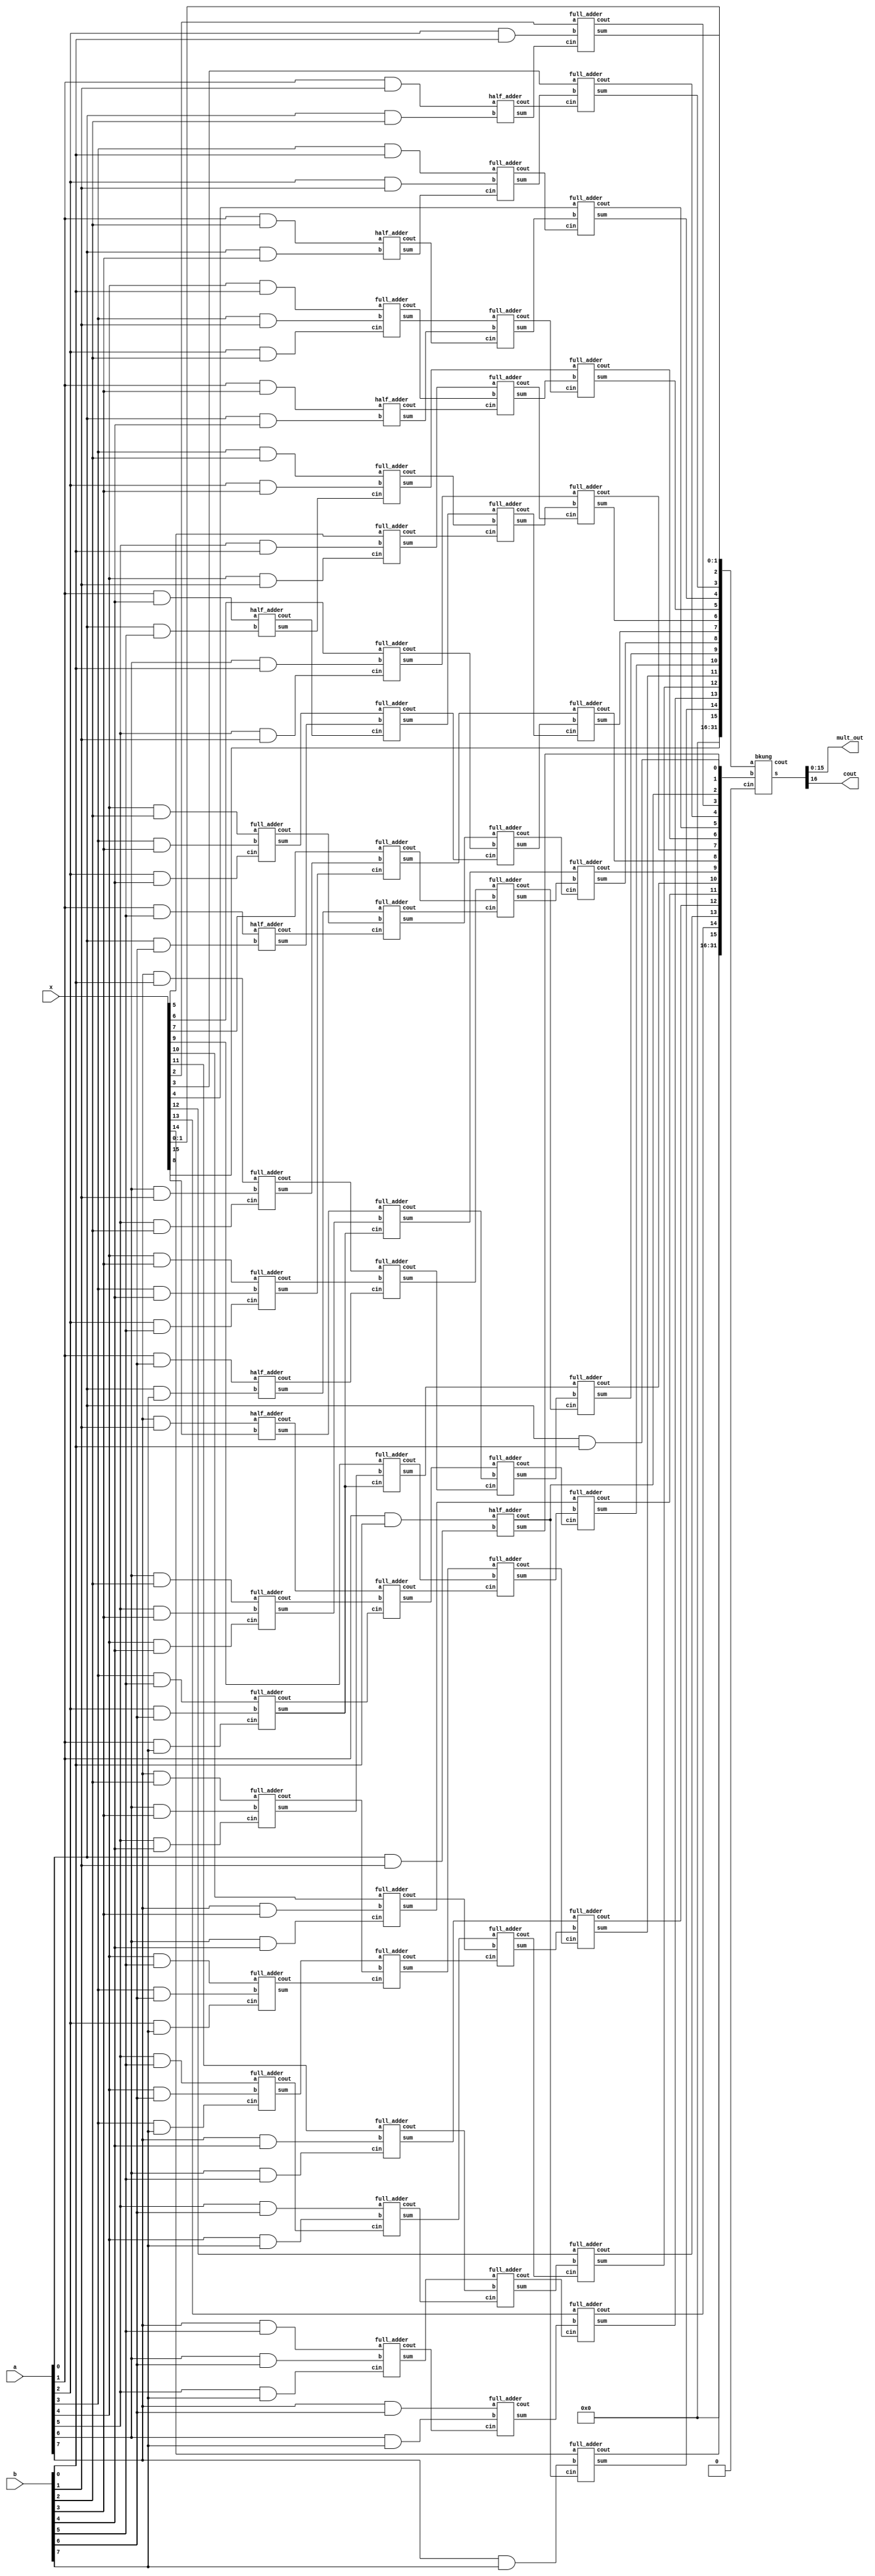
module dadda_mult (a,b,x,mult_out,cout);
	input [7:0] a,b;
	input [15:0] x;  ///accumulator
	output [15:0] mult_out; //// mult_out = a*b + c
	output cout; ////// if a*b + c comes of 17 bit
	
	reg pp [7:0][7:0];
	integer i,j;
	
	wire [15:0] badd1,badd2;
	
	wire [45:0] fa, cfa;
	wire [9:0] ha, cha;
	
	wire [31:0] bkung_ip1,bkung_ip2;
	wire [31:0] sum_bkung;
	
	wire cout_bkung;
	
	always @(*) begin
		for (j=0;j<8;j=j+1)
			for (i=0;i<8;i=i+1)
				pp[j][i] <= a[i] & b[j];
	end
	
	////////////////////////////////layer-0 (towards capacity 6)///////////////////////////////////
	half_adder hadd0 (pp[4][1],pp[5][0],ha[0],cha[0]);
	half_adder hadd1 (pp[5][1],pp[6][0],ha[1],cha[1]);
	half_adder hadd2 (pp[6][1],pp[7][0],ha[2],cha[2]);
	half_adder hadd3 (pp[1][7],x[8],ha[3],cha[3]);
	
	full_adder fadd0 (pp[2][4],pp[3][3],pp[4][2],fa[0],cfa[0]);
	full_adder fadd1 (pp[0][7],pp[1][6],pp[2][5],fa[1],cfa[1]);
	full_adder fadd2 (pp[3][4],pp[4][3],pp[5][2],fa[2],cfa[2]);
	full_adder fadd3 (pp[2][6],pp[3][5],pp[4][4],fa[3],cfa[3]);
	full_adder fadd4 (pp[5][3],pp[6][2],pp[7][1],fa[4],cfa[4]);
	full_adder fadd5 (pp[2][7],pp[3][6],pp[4][5],fa[5],cfa[5]);
	full_adder fadd6 (pp[5][4],pp[6][3],pp[7][2],fa[6],cfa[6]);
	full_adder fadd7 (pp[5][5],pp[6][4],pp[7][3],fa[7],cfa[7]);
	
	
////////////////////////////////layer-1 (towards capacity 4)///////////////////////////////////
	half_adder hadd4 (pp[2][1],pp[3][0],ha[4],cha[4]);
	half_adder hadd5 (pp[3][1],pp[4][0],ha[5],cha[5]);
	//half_adder hadd6 (pp[6][5],pp[7][4],ha[6],cha[6]);
	full_adder fadd_new1 (pp[6][5],pp[7][4],cfa[7],ha[6],cha[6]);
	
	full_adder fadd8 (pp[0][4],pp[1][3],pp[2][2],fa[8],cfa[8]);
	full_adder fadd9 (pp[2][3],pp[3][2],ha[0],fa[9],cfa[9]);
	full_adder fadd10 (x[5],pp[0][5],pp[1][4],fa[10],cfa[10]);
	full_adder fadd11 (x[6],pp[0][6],pp[1][5],fa[11],cfa[11]);
	full_adder fadd12 (fa[0],ha[1],cha[0],fa[12],cfa[12]);
	full_adder fadd13 (x[7],fa[1],fa[2],fa[13],cfa[13]);
	full_adder fadd14 (ha[2],cfa[0],cha[1],fa[14],cfa[14]);
	full_adder fadd15 (ha[3],fa[3],fa[4],fa[15],cfa[15]);
	full_adder fadd16 (cfa[1],cfa[2],cha[2],fa[16],cfa[16]);
	full_adder fadd17 (x[9],fa[5],fa[4],fa[17],cfa[17]);
	full_adder fadd18 (cha[3],cfa[3],cfa[4],fa[18],cfa[18]);
	full_adder fadd19 (x[10],pp[3][7],pp[4][6],fa[19],cfa[19]);
	full_adder fadd20 (fa[7],cfa[5],cfa[6],fa[20],cfa[20]);
	full_adder fadd21 (x[11],pp[4][7],pp[5][6],fa[21],cfa[21]);
	full_adder fadd22 (pp[5][7],pp[6][6],pp[7][5],fa[22],cfa[22]);
	
	
	
////////////////////////////////layer-2 (towards capacity 3)///////////////////////////////////
	half_adder hadd7 (pp[1][1],pp[2][0],ha[7],cha[7]);
	//half_adder hadd8 (pp[6][7],pp[7][6],ha[8],cha[8]);
	full_adder fadd_new (pp[6][7],pp[7][6],cfa[22],ha[8],cha[8]);
	
	full_adder fadd23 (pp[0][3],pp[1][2],ha[4],fa[23],cfa[23]);
	full_adder fadd24 (fa[8],ha[5],cha[4],fa[24],cfa[24]);
	full_adder fadd25 (fa[10],cfa[8],cha[5],fa[25],cfa[25]);
	full_adder fadd26 (fa[12],cfa[9],cfa[10],fa[26],cfa[26]);
	full_adder fadd27 (fa[14],cfa[11],cfa[12],fa[27],cfa[27]);
	full_adder fadd28 (fa[16],cfa[13],cfa[14],fa[28],cfa[28]);
	full_adder fadd29 (fa[18],cfa[15],cfa[16],fa[29],cfa[29]);
	full_adder fadd30 (fa[20],cfa[17],cfa[18],fa[30],cfa[30]);
	full_adder fadd31 (ha[6],cfa[19],cfa[20],fa[31],cfa[31]);
	full_adder fadd32 (fa[22],cfa[21],cha[6],fa[32],cfa[32]);
	
////////////////////////////////layer-3 (towards capacity 2)///////////////////////////////////
	half_adder hadd9 (pp[0][1],pp[1][0],ha[9],cha[9]);
	
	full_adder fadd33 (x[2],pp[0][2],ha[7],fa[33],cfa[33]);
	full_adder fadd34 (x[3],fa[23],cha[7],fa[34],cfa[34]);
	full_adder fadd35 (x[4],fa[24],cfa[23],fa[35],cfa[35]);
	full_adder fadd36 (fa[9],fa[25],cfa[24],fa[36],cfa[36]);
	full_adder fadd37 (fa[11],fa[26],cfa[25],fa[37],cfa[37]);
	full_adder fadd38 (fa[13],fa[27],cfa[26],fa[38],cfa[38]);
	full_adder fadd39 (fa[15],fa[28],cfa[27],fa[39],cfa[39]);
	full_adder fadd40 (fa[17],fa[29],cfa[28],fa[40],cfa[40]);
	full_adder fadd41 (fa[19],fa[30],cfa[29],fa[41],cfa[41]);
	full_adder fadd42 (fa[21],fa[31],cfa[30],fa[42],cfa[42]);
	full_adder fadd43 (x[12],fa[32],cfa[31],fa[43],cfa[43]);
	full_adder fadd44 (x[13],ha[8],cfa[32],fa[44],cfa[44]);
	full_adder fadd45 (x[14],pp[7][7],cha[9],fa[45],cfa[45]);

////////////////////////////////layer-4 (towards capacity 2)///////////////////////////////////
	
	assign badd1 = {x[15],fa[45],fa[44],fa[43],fa[42],fa[41],fa[40],fa[39],fa[38],fa[37],fa[36],fa[35],fa[34],
	fa[33],x[1],x[0]};
	assign badd2 = {cfa[45],cfa[44],cfa[43],cfa[42],cfa[41],cfa[40],cfa[39],cfa[38],cfa[37],cfa[36],cfa[35],
	cfa[34],cfa[33],cha[9],ha[9],pp[0][0]};
	
	assign bkung_ip1 = {16'b0,badd1};
	assign bkung_ip2 = {16'b0,badd2};
////////////////////////////////layer-5 (towards final result)///////////////////////////////////
	
	bkung final_add (bkung_ip1, bkung_ip2, 1'b0, sum_bkung, cout_bkung);
	
	assign mult_out = sum_bkung[15:0];
	assign cout = sum_bkung[16];
	
endmodule


module bkung (a, b, cin, s, cout);

input [31:0] a , b;
input cin;
output [31:0] s;
output cout;

wire [32:1] carry;
////////////////propagating_p_and_g///////////////  
wire [31:0] g1, p1;
wire [15:0] g2, p2;
wire [7:0] g3, p3;
wire [3:0] g4, p4;
wire [1:0] g5, p5;
wire g6, p6;
//////////generating_initial_g_carry/////////////
wire g1_carry, g2_carry, g3_carry, g4_carry, g5_carry, g6_carry;

genvar i;

/////////////////level-1/////////////////////////  

and_gate i0 (a[0],b[0],g1_carry);
xor_gate ii0 (a[0],b[0],p1[0]);
or_and_gate iii0 (g1_carry,p1[0],cin,carry[1]);

generate
    for(i = 1; i<32; i=i+1) begin: B1
      and_gate g (a[i],b[i],g1[i]);
	  xor_gate p (a[i],b[i],p1[i]);
    end
endgenerate

/////////////////level-2/////////////////////////  

or_and_gate i1 (g1[1], p1[1],g1[0],g2_carry);
or_and_gate ii1 (g2_carry,p2[0],cin,carry[2]);
and_gate iii1 (p1[1],p1[0],p2[0]);

generate
    for(i = 1; i<16; i=i+1) begin: B2
      or_and_gate g (g1[i*2 + 1],p1[2*i + 1],g1[2*i],g2[i]);
	  and_gate p (p1[2*i + 1],p1[2*i],p2[i]);
    end
endgenerate

/////////////////level-3/////////////////////////  

or_and_gate i2 (g2[1], p2[1],g2[0],g3_carry);
or_and_gate ii2 (g3_carry,p3[0],cin,carry[4]);
and_gate iii2 (p2[1],p2[0],p3[0]);

generate
    for(i = 1; i<8; i=i+1) begin: B3
      or_and_gate g (g2[i*2 + 1],p2[2*i + 1],g2[2*i],g3[i]);
	  and_gate p (p2[2*i + 1],p2[2*i],p3[i]);
    end
endgenerate

/////////////////level-4/////////////////////////  

or_and_gate i3 (g3[1], p3[1],g3[0],g4_carry);
or_and_gate ii3 (g4_carry,p4[0],cin,carry[8]);
and_gate iii3 (p3[1],p3[0],p4[0]);

generate
    for(i = 1; i<4; i=i+1) begin: B4
      or_and_gate g (g3[i*2 + 1],p3[2*i + 1],g3[2*i],g4[i]);
	  and_gate p (p3[2*i + 1],p3[2*i],p4[i]);
    end
endgenerate

/////////////////level-5/////////////////////////  

or_and_gate i4 (g4[1], p4[1],g4[0],g5_carry);
or_and_gate ii4 (g5_carry,p5[0],cin,carry[16]);
and_gate iii4 (p4[1],p4[0],p5[0]);

generate
    for(i = 1; i<2; i=i+1) begin: B5
      or_and_gate g (g4[i*2 + 1],p4[2*i + 1],g4[2*i],g5[i]);
	  and_gate p (p4[2*i + 1],p4[2*i],p5[i]);
    end
endgenerate

/////////////////level-6/////////////////////////  

or_and_gate i5 (g5[1], p5[1],g5[0],g6_carry);
or_and_gate ii5 (g6_carry,p6,cin,carry[32]);
and_gate iii5 (p5[1],p5[0],p6);

//generate
//    for(i = 1; i<2; i++) begin
//      or_and_gate g (g5[i*2 + 1],p5[2*i + 1],g5[2*i],g6[i]);
//	  and_gate p (p5[2*i + 1],p5[2*i],p6[i]);
//    end
//endgenerate

////////////carry_calculation//////////////////
assign g1[0] = carry[1];
assign g2[0] = carry[2];
assign g3[0] = carry[4];
assign g4[0] = carry[8];
assign g5[0] = carry[16];
assign g6 = carry[32];
assign cout = g6;

or_and_gate carry3 (g1[2],p1[2],carry[2],carry[3]);
or_and_gate carry5 (g1[4],p1[4],carry[4],carry[5]);
or_and_gate carry7 (g1[6],p1[6],carry[6],carry[7]);
or_and_gate carry9 (g1[8],p1[8],carry[8],carry[9]);

or_and_gate carry11 (g1[10],p1[10],carry[10],carry[11]);
or_and_gate carry13 (g1[12],p1[12],carry[12],carry[13]);
or_and_gate carry15 (g1[14],p1[14],carry[14],carry[15]);
or_and_gate carry17 (g1[16],p1[16],carry[16],carry[17]);

or_and_gate carry19 (g1[18],p1[18],carry[18],carry[19]);
or_and_gate carry21 (g1[20],p1[20],carry[20],carry[21]);
or_and_gate carry23 (g1[22],p1[22],carry[22],carry[23]);
or_and_gate carry25 (g1[24],p1[24],carry[24],carry[25]);

or_and_gate carry27 (g1[26],p1[26],carry[26],carry[27]);
or_and_gate carry29 (g1[28],p1[28],carry[28],carry[29]);
or_and_gate carry31 (g1[30],p1[30],carry[30],carry[31]);

or_and_gate carry6  (g2[2],p2[2],carry[4],carry[6]);
or_and_gate carry10 (g2[4],p2[4],carry[8],carry[10]);
or_and_gate carry14 (g2[6],p2[6],carry[12],carry[14]);
or_and_gate carry18 (g2[8],p2[8],carry[16],carry[18]);
or_and_gate carry22 (g2[10],p2[10],carry[20],carry[22]);
or_and_gate carry26 (g2[12],p2[12],carry[24],carry[26]);
or_and_gate carry30 (g2[14],p2[14],carry[28],carry[30]);

or_and_gate carry12 (g3[2],p3[2],carry[8],carry[12]);
or_and_gate carry20 (g3[4],p3[4],carry[16],carry[20]);
or_and_gate carry24 (g3[5],p3[5],carry[20],carry[24]);
or_and_gate carry28 (g3[6],p3[6],carry[24],carry[28]);

////////////////sum_calculation/////////////////////////

xor_gate s0 (p1[0],cin,s[0]);
generate
    for(i = 1; i<32; i=i+1) begin: B6
      xor_gate s1 (p1[i],carry[i],s[i]);
    end
endgenerate

endmodule

module xor_gate (input a, input b, output c);
	assign #5 c = a ^ b ;
endmodule


module or_and_gate ( input a, input b, input c, output d);
	assign #5 d = a | ( b & c);
endmodule

module and_gate (input a, input b, output c);
	assign #5 c = a&b;
endmodule

module half_adder (input a, input b, output sum, output cout);
	xor_gate xor0 (a,b,sum);
	and_gate and0 (a,b,cout);

endmodule

module full_adder (input a, input b, input cin, output sum, output cout);
	wire sum0,cout0,cout1,cout2;
	
	xor_gate xor1 (a,b,sum0);
	xor_gate xor2 (sum0,cin,sum);
	
	and_gate and1 (a,b,cout0);
	and_gate and2 (a,cin,cout1);
	and_gate and3 (cin,b,cout2);
	
	assign #5 cout = ( cout0 | cout1 | cout2 );
endmodule